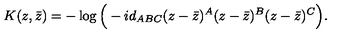
K ( z , \bar { z } ) = - \log \Big ( - i d _ { A B C } ( z - \bar { z } ) ^ { A } ( z - \bar { z } ) ^ { B } ( z - \bar { z } ) ^ { C } \Big ) .